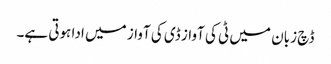
ڈچ زبان میں ٹی کی آواز ڈی کی آواز میں ادا ہوتی ہے۔